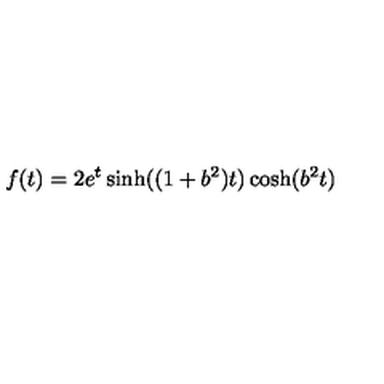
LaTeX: f ( t ) = 2 e ^ { t } \sinh ( ( 1 + b ^ { 2 } ) t ) \cosh ( b ^ { 2 } t )